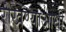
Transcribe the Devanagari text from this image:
रोखण्याआधी